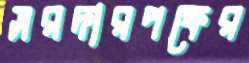
সরদারপক্ষের